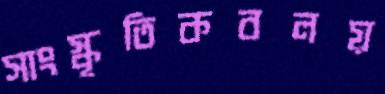
সাংস্কৃতিকবলয়